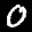
Label: 0